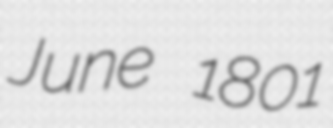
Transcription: June 1801